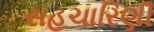
સહચારિણી